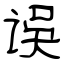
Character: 误